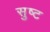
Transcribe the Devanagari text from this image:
सुष्ट